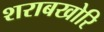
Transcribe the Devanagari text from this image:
शराबखोरि